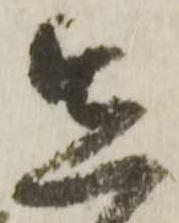
在